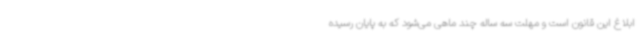
ابلاغ این قانون است و مهلت سه ساله چند ماهی می‌شود که به پایان رسیده